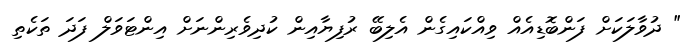
" ދުވާލަކަށް ފަންބޮޑިއެއް ވިއްކައިގެން އެލިބޭ ރުފިޔާއިން ކުދިވެރިންނަށް އިންޓަވަލް ފަދަ ތަކެތި